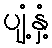
ပျံ့နှံ့